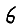
Digit: 6